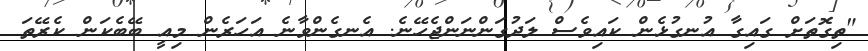
"ތިގޮތަށް ގައިގާ އުނގުޅެން ކައިވެސް ލަދުގަންނަންޖެހޭނެ. އެނގެންވާނެ އަހަރެން މިއީ ބޭބެކަން ކެރޭތަ